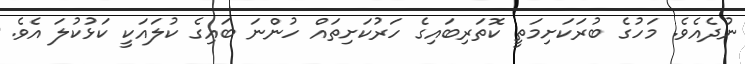
ނުދެއެވެ. މަހުގެ ބުރަކަށިމަތީ ކޮތަރިބައިގެ ހަރުކަށިތައް ހުންނަ ބައިގެ ކުލައަކީ ކަޅުކުލަ އެވެ.